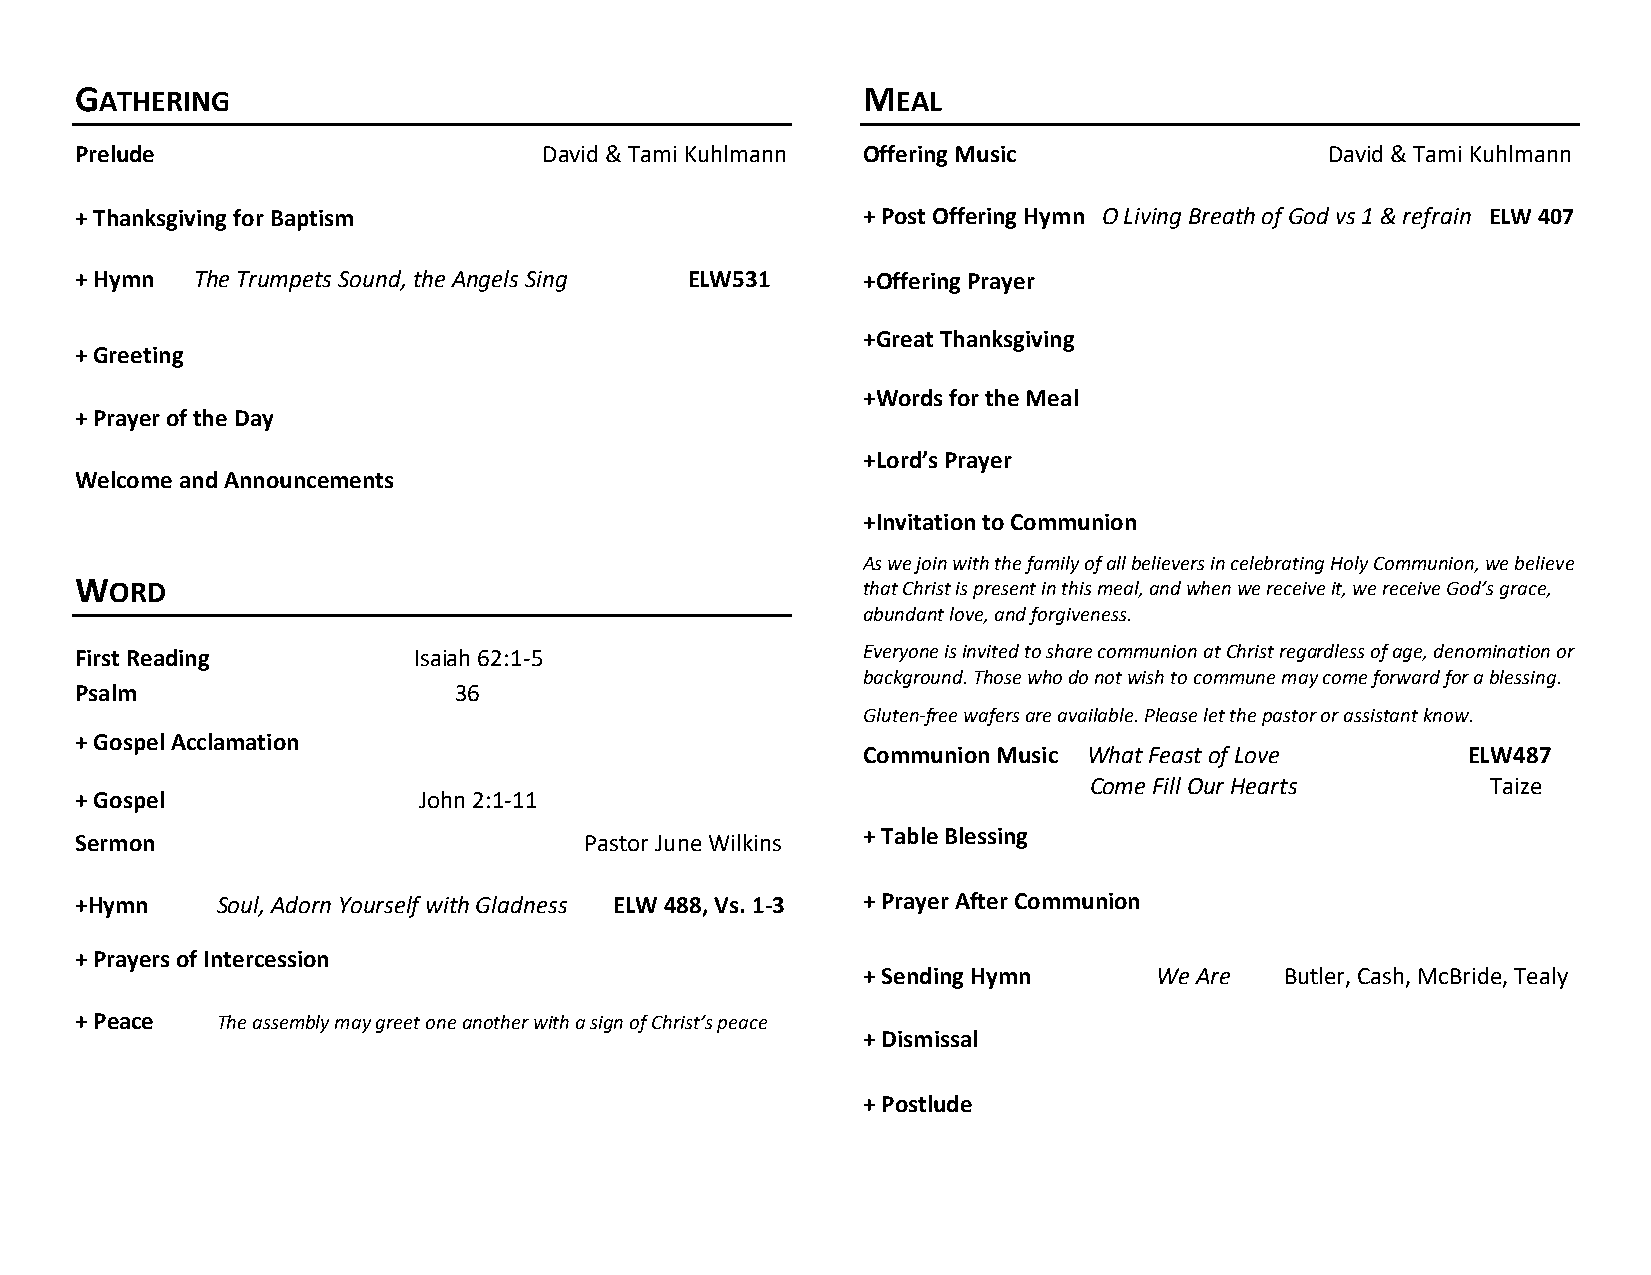
GATHERING                                           MEAL
 Prelude                        David & Tami Kuhlmann Offering Music                David & Tami Kuhlmann
 + Thanksgiving for Baptism                          + Post Offering Hymn O Living Breath of God vs 1 & refrain ELW 407
 + Hymn  The Trumpets Sound, the Angels Sing ELW531  + O f f e r i n g P r a y e r
 +Great Thanksgiving
 + Greeting
 +Words for the Meal
 + Prayer of the Day
 +Lord’s Prayer
 Welcome and Announcements
 +Invitation to Communion
 As we join with the family of all believers in celebrating Holy Communion, we believe
 WORD                                                that Christ is present in this meal, and when we receive it, we receive God’s grace,
 abundant love, and forgiveness.
 First Reading         Isaiah 62:1-5                 Everyone is invited to share communion at Christ regardless of age, denomination or
 background. Those who do not wish to commune may come forward for a blessing.
 Psalm                    36
 Gluten-free wafers are available. Please let the pastor or assistant know.
 + Gospel Acclamation
 Communion Music What Feast of Love      ELW487
 Come Fill Our Hearts       Taize
 + Gospel               John 2:1-11
 Sermon                            Pastor June Wilkins
 + Table Blessing
 +Hymn    Soul, Adorn Yourself with Gladness ELW 488, Vs. 1-3 + Prayer After Communion
 + Prayers of Intercession
 + Sending Hymn     We Are   Butler, Cash, McBride, Tealy
 + Peace  The assembly may greet one another with a sign of Christ’s peace
 + Dismissal
 + Postlude